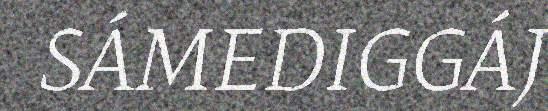
SÁMEDIGGÁJ